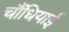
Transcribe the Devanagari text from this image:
चौंधियाई